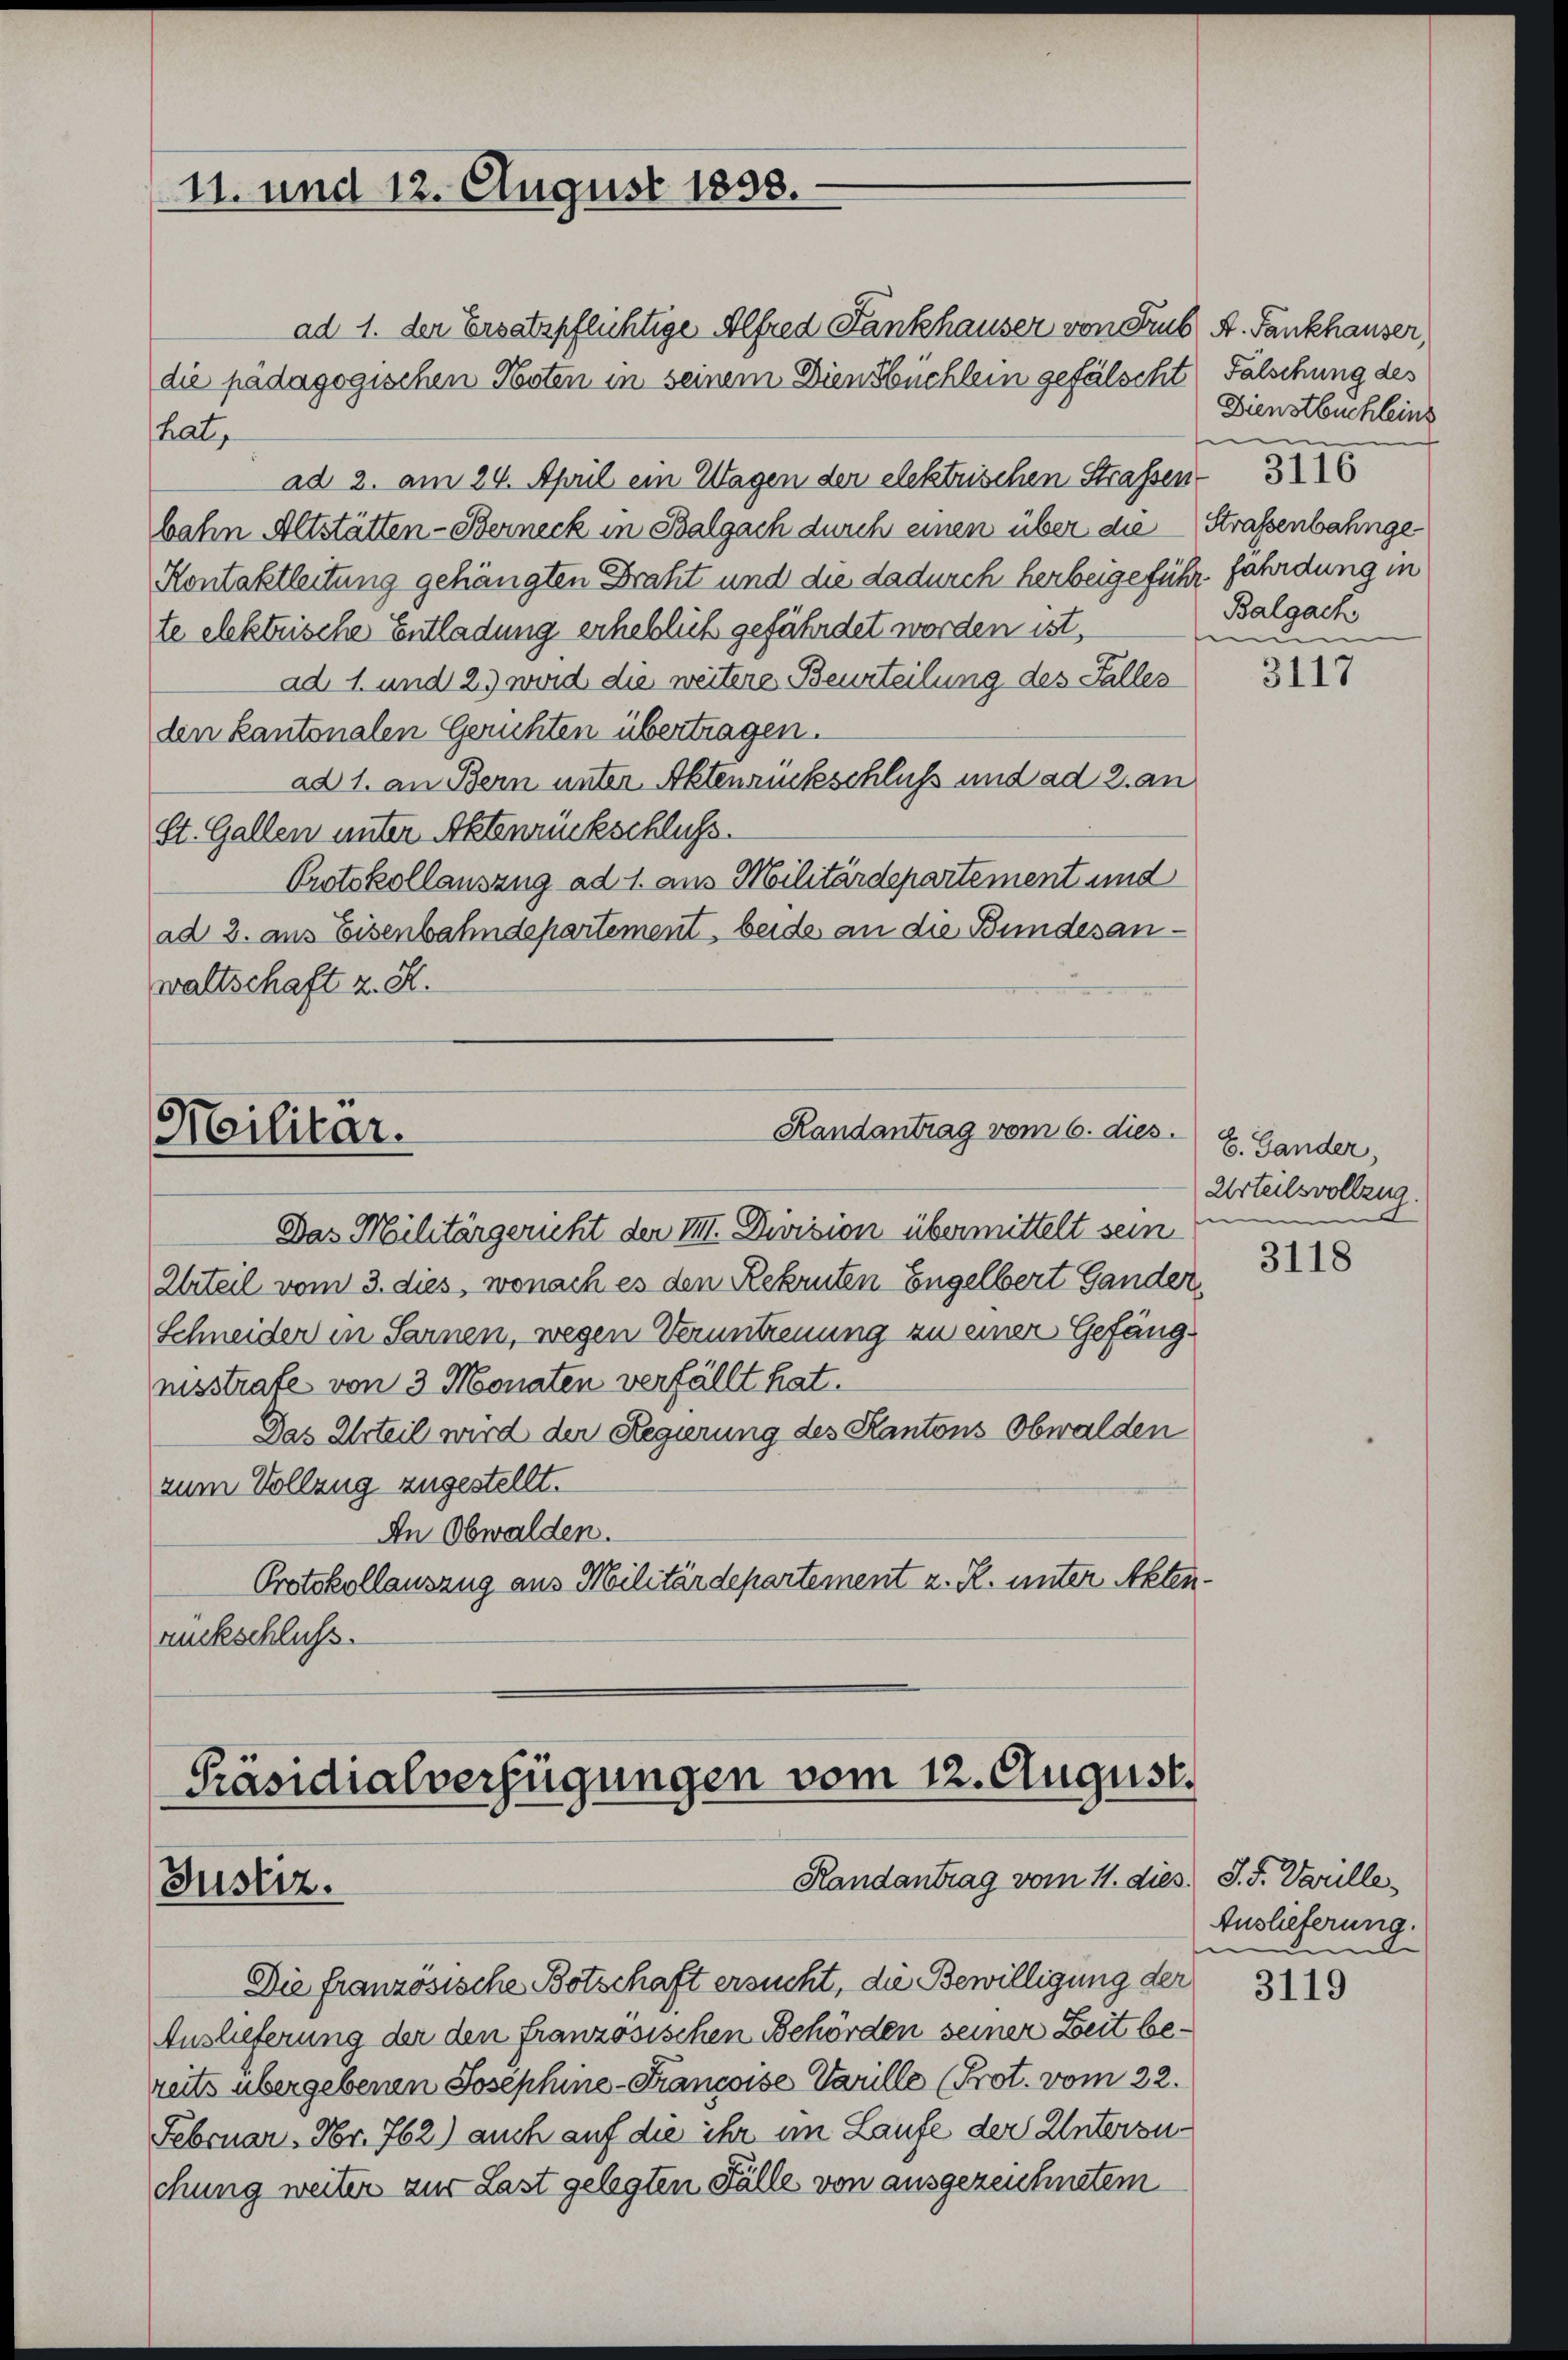
11. und 12. August 1858.

ad 1. der Ersatzpflichtige Alfred Fankhauser von Trub A. Fankhauser,
die pädagogischen Posten in seinem Diensbüchlein gefälscht
hat,
ad 2. am 24. April ein Wagen der elektrischen Straßen 316
bahn Altstätten-Berneck in Balgach durch einen über die Straßenbahnge
Kontaktleitung gehängten Draht und die dadurch herbeigeführ fährdung in
te elektrische Entladung erheblich gefährdet worden ist,
ad 1. und 23 wird die weitere Beurteilung des Falles
den kantonalen Gerichten übertragen.
ad 1. an Bern unter Aktenrückschluß und ad 2. an
St. Gallen unter Aktenrückschluss.
Protokollauszug ad 1. aus Militärdepartement und
ad 2. aus Eisenbahndepartement, beide an die Bundesanwaltschaft z. S.

Militär.

Randantrag vom 6. dies
Das Militärgericht der III. Division übermittelt sein

Präsidialverfügungen vom 12. August.
Randantrag vom 11. dies. S. F. Vanille
Justiz.

Falschung des
Dienstbuchleins
s
Balgack
mun

Urteil vom 3. dies, wonach es den Rekruten Engelbert Gander
Schneider in Sarnen, wegen Veruntreuung zu einer Gefängnisstrafe von 3 Monaten verfällt hat.
Das Urteil wird der Regierung des Kantons Obwalden
zum Vollzug zugestellt.
An Obwalden.
Protokollauszug aus Militärdepartement z. R. unter Aktenrückschluss.

Die französische Botschaft ersucht, die Bewilligung der
Auslieferung der den französischen Behörden seiner Zeit bereits übergebenen Josephine-Francoise Varille (Prot. vom 22.
Februar. Nr. 762) auch auf die ihr im Laufe der Untersuchung weiter aus Last gelegten Fälle von ausgezeichnetem

3117

E. Bander,
Urteilsvollzug.

3118

Auslieferung.
m

3119